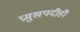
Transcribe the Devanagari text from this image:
प्रमुखपदीही